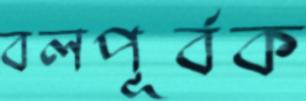
বলপূর্বক